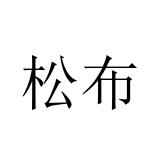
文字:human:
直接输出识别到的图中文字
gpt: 松布